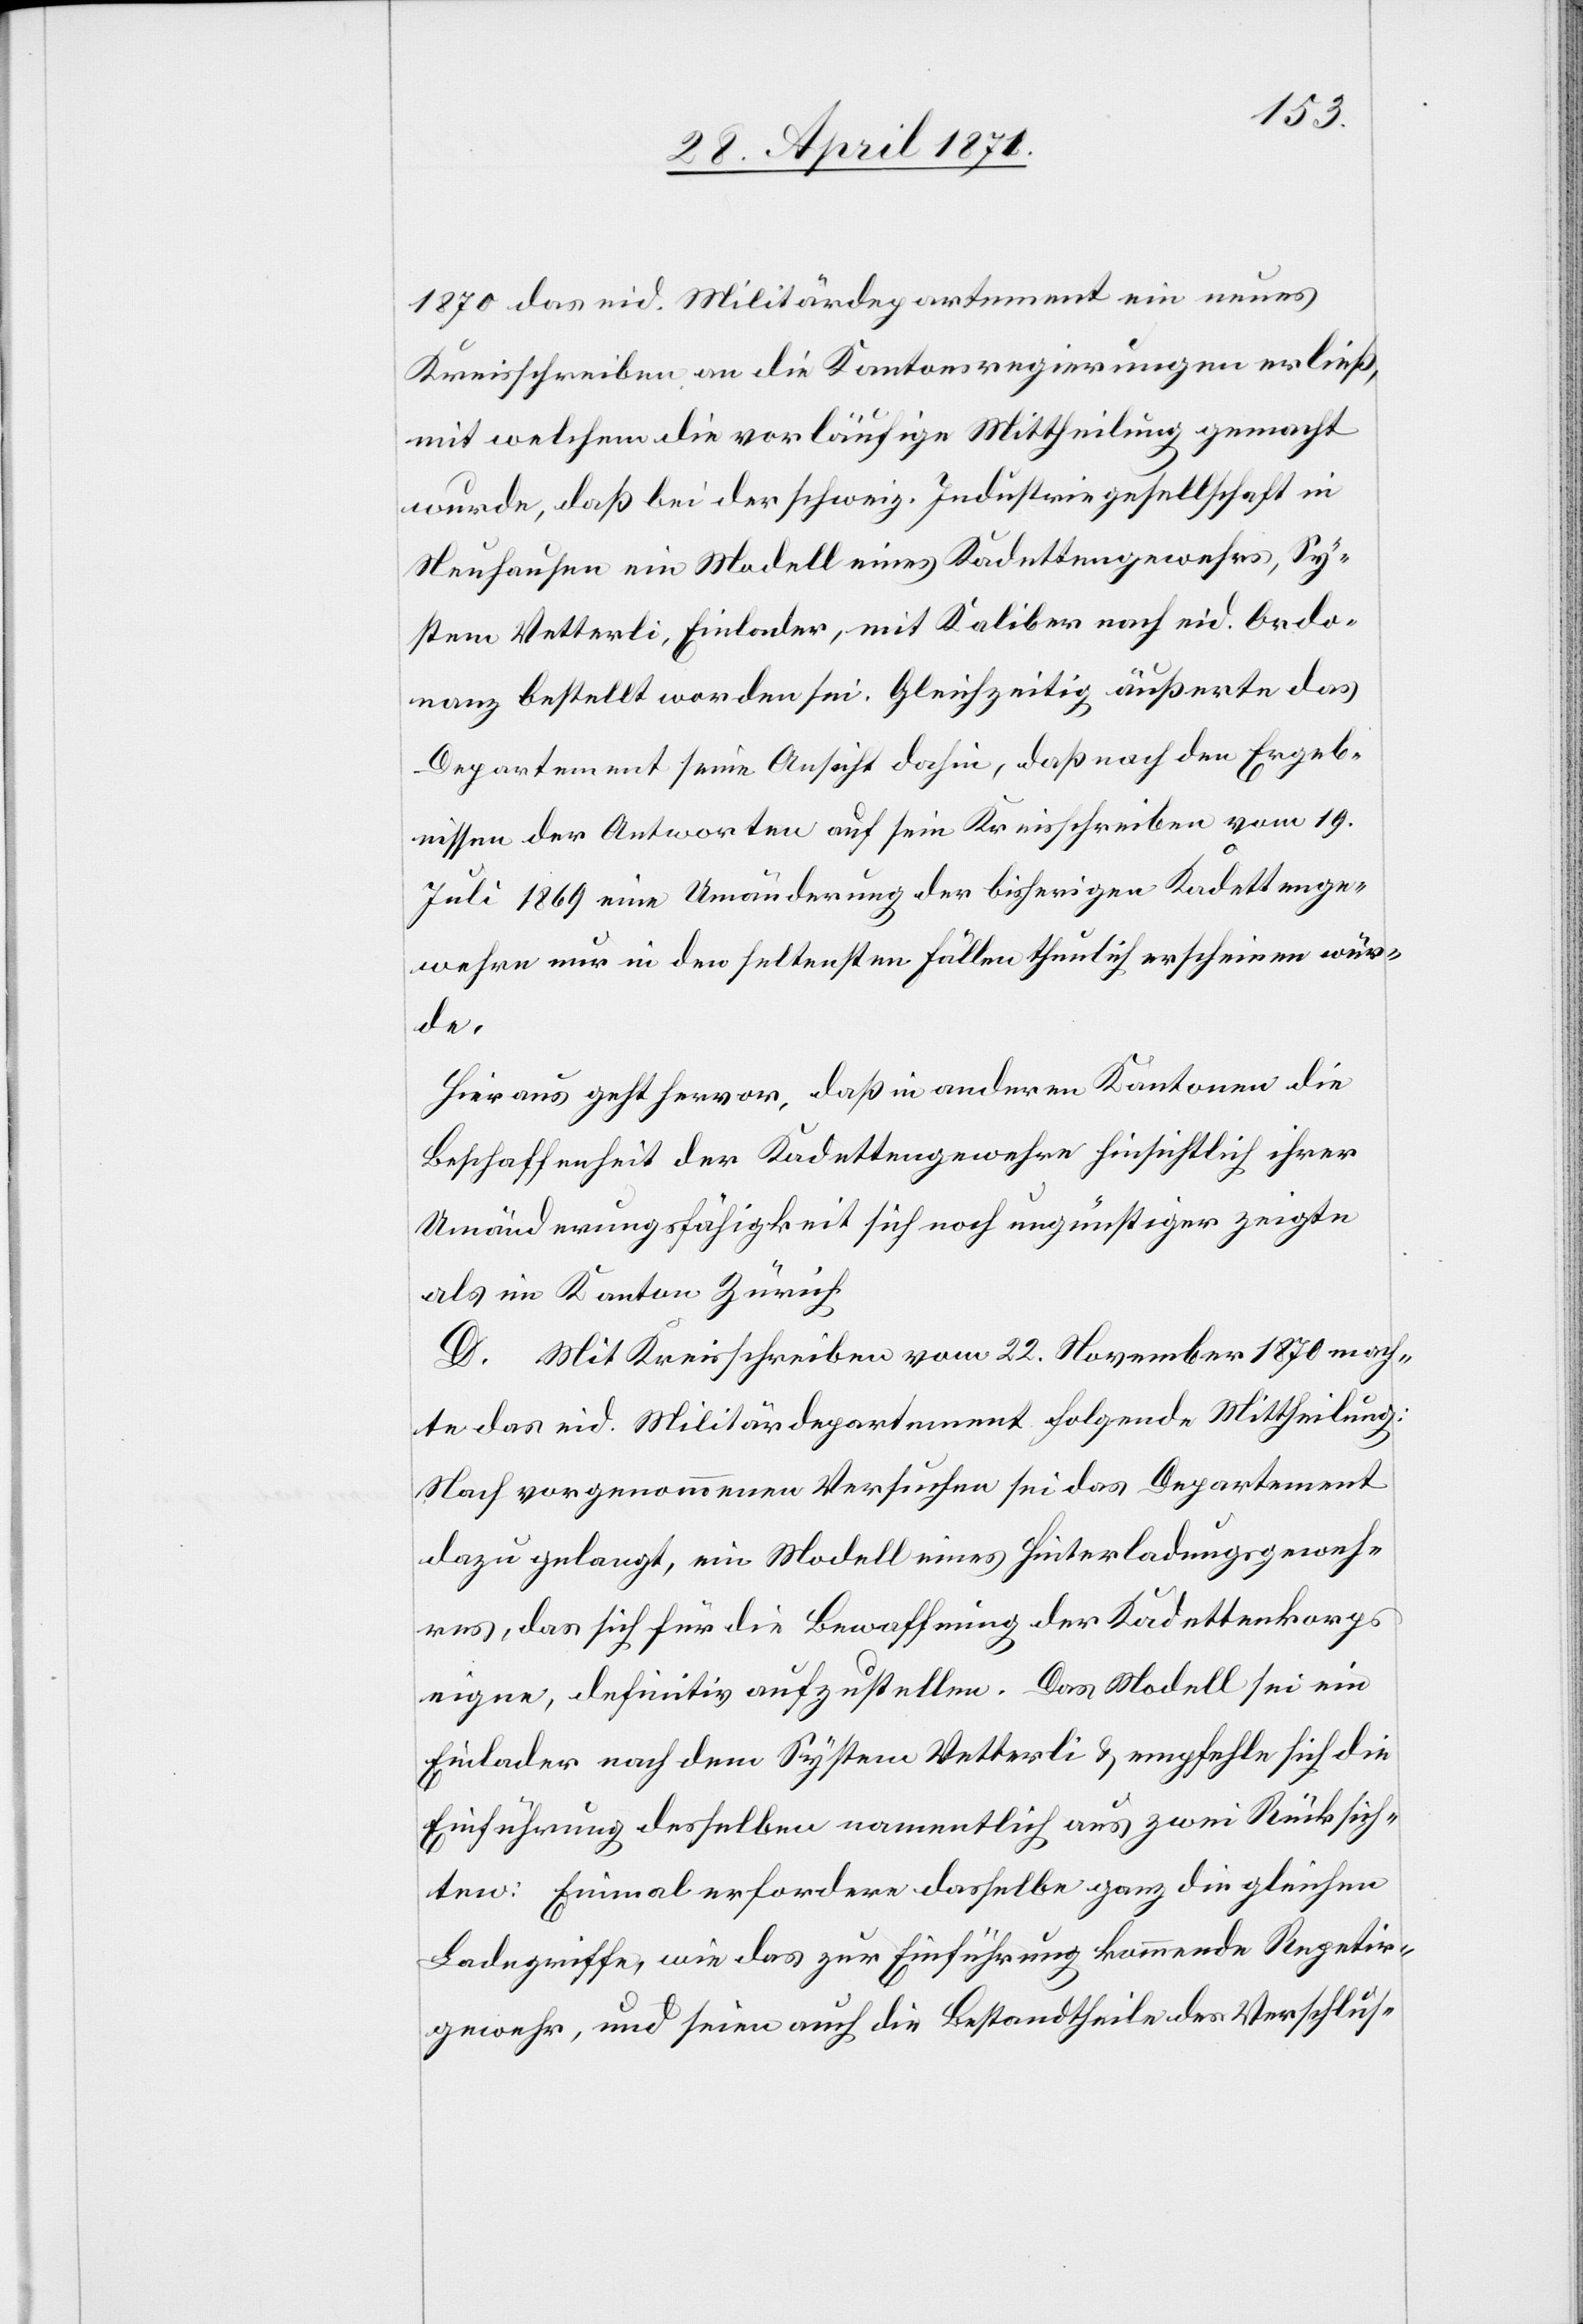
1870 das eid. Militärdepartement ein neues
Kreisschreiben an die Kantonsregierungen erließ,
mit welchem die vorläufige Mittheilung gemacht
wurde, daß bei der schweiz. Industriegesellschaft in
Neuhausen ein Modell eines Kadettengewehrs, Sy¬
stem Vetterli, Einlader, mit Kaliber nach eid. Ordo¬
nanz bestellt worden sei. Gleichzeitig äußerte das
Departement seine Ansicht dahin, daß nach den Ergeb¬
nissen der Antworten auf sein Kreisschreiben vom 19.
Juli 1869 eine Umänderung der bisherigen Kadettenge¬
wehre nur in den seltensten Fällen thunlich erscheinen wür¬
de.
Hieraus geht hervor, daß in anderen Kantonen die
Beschaffenheit der Kadettengewehre hinsichtlich ihrer
Umänderungsfähigkeit sich noch ungünstiger zeigte
als im Kanton Zürich.
D. Mit Kreisschreiben vom 22. November 1870 mach¬
te das eid. Militärdepartement folgende Mittheilung:
Nach vorgenommenen Versuchen sei das Departement
dazu gelangt, ein Modell eines Hinterladungsgeweh¬
res, das sich für die Bewaffnung der Kadettenkorps
eigne, definitiv aufzustellen. Das Modell sei ein
Einlader nach dem System Vetterli u. empfehle sich die
Einführung desselben namentlich aus zwei Rücksich¬
ten: Einmal erfordere dasselbe ganz die gleichen
Ladegriffe, wie das zur Einführung kommende Repetir¬
gewehr, und seien auch die Bestandtheile des Verschlus-